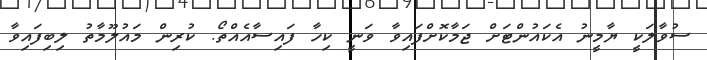
ސުވާލަކީ ޔާމީނު އެކައުންޓަށް ޖަމާކޮށްފައިވާ ވަނީ ކިހާ ފައިސާއެއްތޯ. ކުރިން މައުލޫމާތު ލިބިފައިވާ